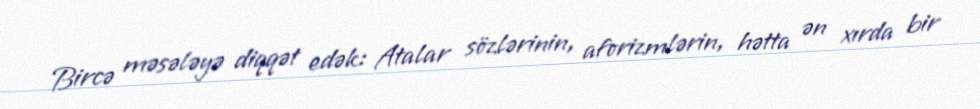
Bircə məsələyə diqqət edək: Atalar sözlərinin, aforizmlərin, hətta ən xırda bir